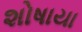
શોષાયા